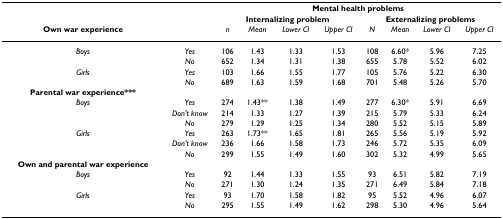
<table><thead><tr><td></td><td></td><td colspan="8"><b>Mental health problems</b></td></tr><tr><td></td><td></td><td colspan="4"><b>Internalizing problem</b></td><td colspan="4"><b>Externalizing problems</b></td></tr><tr><td><b>Own war experience</b></td><td></td><td><b><i>n</i></b></td><td><b><i>Mean</i></b></td><td><b><i>Lower CI</i></b></td><td><b><i>Upper CI</i></b></td><td><b><i>N</i></b></td><td><b><i>Mean</i></b></td><td><b><i>Lower CI</i></b></td><td><b><i>Upper CI</i></b></td></tr></thead><tbody><tr><td><i>Boys</i></td><td><i>Yes</i></td><td>106</td><td>1.43</td><td>1.33</td><td>1.53</td><td>108</td><td>6.60*</td><td>5.96</td><td>7.25</td></tr><tr><td></td><td><i>No</i></td><td>652</td><td>1.34</td><td>1.31</td><td>1.38</td><td>655</td><td>5.78</td><td>5.52</td><td>6.02</td></tr><tr><td><i>Girls</i></td><td><i>Yes</i></td><td>103</td><td>1.66</td><td>1.55</td><td>1.77</td><td>105</td><td>5.76</td><td>5.22</td><td>6.30</td></tr><tr><td></td><td><i>No</i></td><td>689</td><td>1.63</td><td>1.59</td><td>1.68</td><td>701</td><td>5.48</td><td>5.26</td><td>5.70</td></tr><tr><td><b>Parental war experience***</b></td><td></td><td></td><td></td><td></td><td></td><td></td><td></td><td></td><td></td></tr><tr><td><i>Boys</i></td><td><i>Yes</i></td><td>274</td><td>1.43**</td><td>1.38</td><td>1.49</td><td>277</td><td>6.30*</td><td>5.91</td><td>6.69</td></tr><tr><td></td><td><i>Don&#x27;t know</i></td><td>214</td><td>1.33</td><td>1.27</td><td>1.39</td><td>215</td><td>5.79</td><td>5.33</td><td>6.24</td></tr><tr><td></td><td><i>No</i></td><td>279</td><td>1.29</td><td>1.25</td><td>1.34</td><td>280</td><td>5.52</td><td>5.15</td><td>5.89</td></tr><tr><td><i>Girls</i></td><td><i>Yes</i></td><td>263</td><td>1.73**</td><td>1.65</td><td>1.81</td><td>265</td><td>5.56</td><td>5.19</td><td>5.92</td></tr><tr><td></td><td><i>Don&#x27;t know</i></td><td>236</td><td>1.66</td><td>1.58</td><td>1.73</td><td>246</td><td>5.72</td><td>5.35</td><td>6.09</td></tr><tr><td></td><td><i>No</i></td><td>299</td><td>1.55</td><td>1.49</td><td>1.60</td><td>302</td><td>5.32</td><td>4.99</td><td>5.65</td></tr><tr><td><b>Own and parental war experience</b></td><td></td><td></td><td></td><td></td><td></td><td></td><td></td><td></td><td></td></tr><tr><td><i>Boys</i></td><td><i>Yes</i></td><td>92</td><td>1.44</td><td>1.33</td><td>1.55</td><td>93</td><td>6.51</td><td>5.82</td><td>7.19</td></tr><tr><td></td><td><i>No</i></td><td>271</td><td>1.30</td><td>1.24</td><td>1.35</td><td>271</td><td>6.49</td><td>5.84</td><td>7.18</td></tr><tr><td><i>Girls</i></td><td><i>Yes</i></td><td>93</td><td>1.70</td><td>1.58</td><td>1.82</td><td>95</td><td>5.52</td><td>4.96</td><td>6.07</td></tr><tr><td></td><td><i>No</i></td><td>295</td><td>1.55</td><td>1.49</td><td>1.62</td><td>298</td><td>5.30</td><td>4.96</td><td>5.64</td></tr></tbody></table>